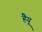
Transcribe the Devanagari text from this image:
हैयू